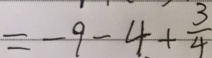
= - 9 - 4 + \frac { 3 } { 4 }